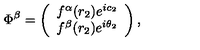
\Phi ^ { \beta } = \left( \begin{array} { c } { f ^ { \alpha } ( r _ { 2 } ) e ^ { i c _ { 2 } } } \\ { f ^ { \beta } ( r _ { 2 } ) e ^ { i \theta _ { 2 } } } \\ \end{array} \right) ,